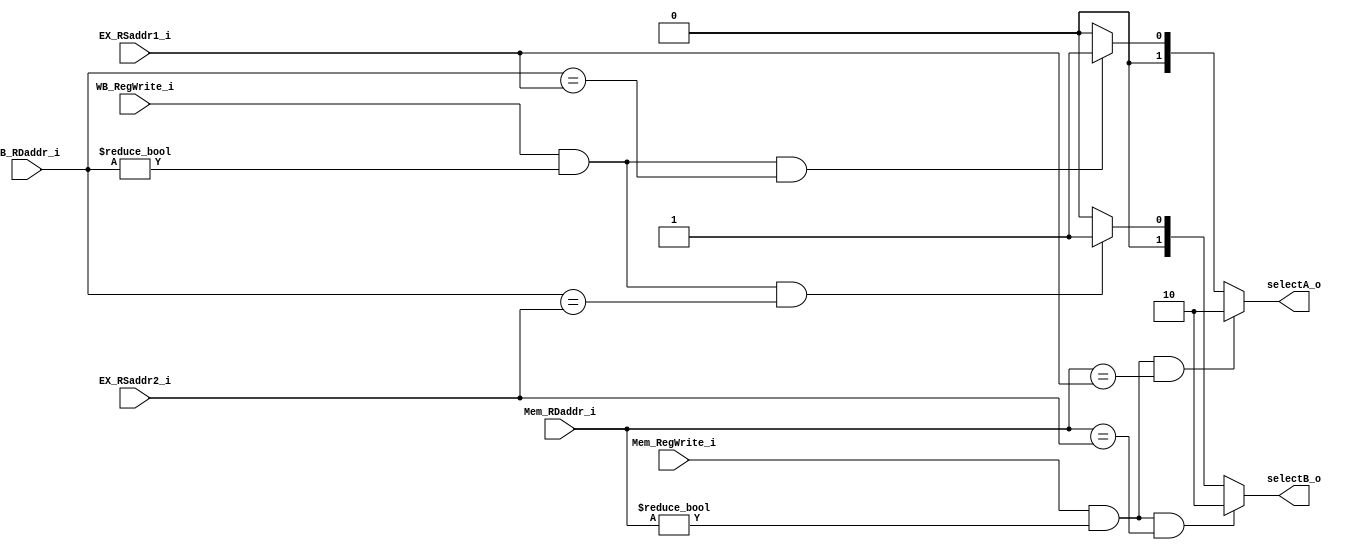
module Forward(
	EX_RSaddr1_i,
	EX_RSaddr2_i,

	Mem_RegWrite_i,
	Mem_RDaddr_i,

	WB_RegWrite_i,
	WB_RDaddr_i,

	selectA_o,
	selectB_o 
);

input [4:0] EX_RSaddr1_i, EX_RSaddr2_i, Mem_RDaddr_i, WB_RDaddr_i;
input Mem_RegWrite_i, WB_RegWrite_i;

output [1:0] selectA_o, selectB_o;
reg [1:0] selectA_o, selectB_o;

always @(EX_RSaddr1_i or EX_RSaddr2_i or Mem_RegWrite_i or Mem_RDaddr_i or WB_RegWrite_i or WB_RDaddr_i) begin
	if (Mem_RegWrite_i && Mem_RDaddr_i != 0 && Mem_RDaddr_i == EX_RSaddr1_i) // EX hazard
		selectA_o = 2'b10;
	else if(WB_RegWrite_i && WB_RDaddr_i != 0 && WB_RDaddr_i == EX_RSaddr1_i) // Mem hazard
		selectA_o = 2'b01;
	else
		selectA_o = 2'b00;

	if (Mem_RegWrite_i && Mem_RDaddr_i != 0 && Mem_RDaddr_i == EX_RSaddr2_i) // EX hazard
		selectB_o = 2'b10;
	else if(WB_RegWrite_i && WB_RDaddr_i != 0 && WB_RDaddr_i == EX_RSaddr2_i) // Mem hazard
		selectB_o = 2'b01;
	else
		selectB_o = 2'b00;
end 

endmodule